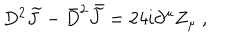
D ^ { 2 } { \widetilde J } - { \bar { D } } ^ { 2 } { \kern . 3 5 e m \bar { \kern - . 3 5 e m { \widetilde J } } } = 2 4 i \partial ^ { \mu } Z _ { \mu } \ ,